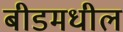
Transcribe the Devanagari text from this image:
बीडमधील